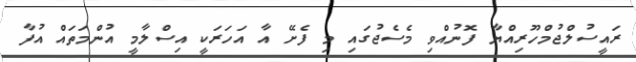
ރައީސުލްޖުމްހޫރިއްޔާ ފޮނުއްވި މެސެޖުގައި މި ފެށޭ އާ އަހަރަކީ އިސްލާމީ އުންމަތައް އުފާ